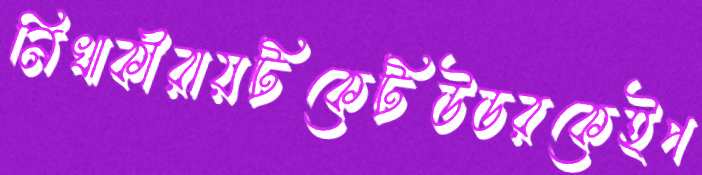
নিখাকীরায়টিকেটিউডরকেইপ